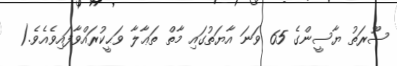
ސޫރަތު ޔާސީންގެ 65 ވަނަ އާޔަތުގައި މާތް ތަޢާލާ ވަޙީކުރައްވާފައިވެއެވެ.(